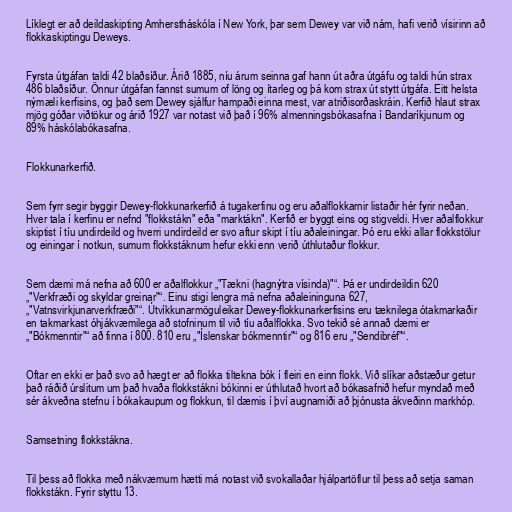
Líklegt er að deildaskipting Amherstháskóla í New York, þar sem Dewey var við nám, hafi verið vísirinn að
flokkaskiptingu Deweys.

Fyrsta útgáfan taldi 42 blaðsíður. Árið 1885, níu árum seinna gaf hann út aðra útgáfu og taldi hún strax
486 blaðsíður. Önnur útgáfan fannst sumum of löng og ítarleg og þá kom strax út stytt útgáfa. Eitt helsta
nýmæli kerfisins, og það sem Dewey sjálfur hampaði einna mest, var atriðisorðaskráin. Kerfið hlaut strax
mjög góðar viðtökur og árið 1927 var notast við það í 96% almenningsbókasafna í Bandaríkjunum og
89% háskólabókasafna.

Flokkunarkerfið.

Sem fyrr segir byggir Dewey-flokkunarkerfið á tugakerfinu og eru aðalflokkarnir listaðir hér fyrir neðan.
Hver tala í kerfinu er nefnd "flokkstákn" eða "marktákn". Kerfið er byggt eins og stigveldi. Hver aðalflokkur
skiptist í tíu undirdeild og hverri undirdeild er svo aftur skipt í tíu aðaleiningar. Þó eru ekki allar flokkstölur
og einingar í notkun, sumum flokkstáknum hefur ekki enn verið úthlutaður flokkur.

Sem dæmi má nefna að 600 er aðalflokkur „"Tækni (hagnýtra vísinda)"“. Þá er undirdeildin 620
„"Verkfræði og skyldar greinar"“. Einu stigi lengra má nefna aðaleininguna 627,
„"Vatnsvirkjunarverkfræði"“. Útvíkkunarmöguleikar Dewey-flokkunarkerfisins eru tæknilega ótakmarkaðir
en takmarkast óhjákvæmilega að stofninum til við tíu aðalflokka. Svo tekið sé annað dæmi er
„"Bókmenntir"“ að finna í 800. 810 eru „"Íslenskar bókmenntir"“ og 816 eru „"Sendibréf"“.

Oftar en ekki er það svo að hægt er að flokka tiltekna bók í fleiri en einn flokk. Við slíkar aðstæður getur
það ráðið úrslitum um það hvaða flokkstákni bókinni er úthlutað hvort að bókasafnið hefur myndað með
sér ákveðna stefnu í bókakaupum og flokkun, til dæmis í því augnamiði að þjónusta ákveðinn markhóp.

Samsetning flokkstákna.

Til þess að flokka með nákvæmum hætti má notast við svokallaðar hjálpartöflur til þess að setja saman
flokkstákn. Fyrir styttu 13.